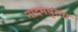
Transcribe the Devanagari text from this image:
नादमधुरता